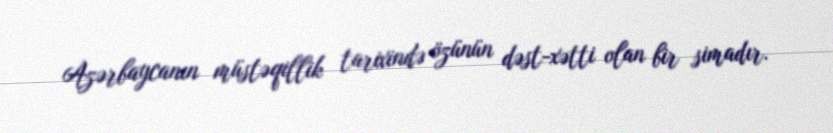
Azərbaycanın müstəqillik tarixində özünün dəst-xətti olan bir simadır.